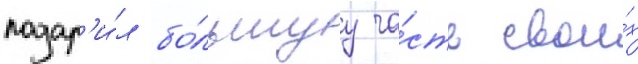
подар'и́л бо́льшуу ча́сть свои́х